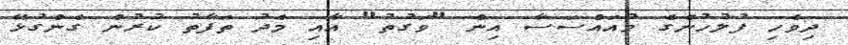
ދިވެހި ފުލުހުންގެ މުއައްސަސާ އިން "ވަގުތު" އާއި މެދު ތަފާތު ކުރުން ގެންގުޅޭ